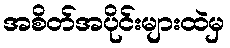
အစိတ်အပိုင်းများထဲမှ